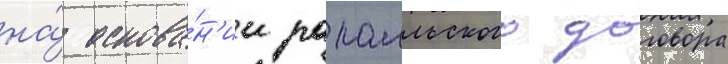
на́ основа́н'ии рапалльского договора